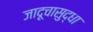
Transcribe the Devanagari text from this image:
जादूचासुद्धा